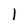
Character: 1